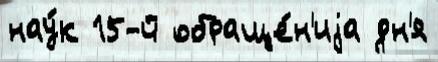
нау́к 15-й обраще́н'иjа дн'я